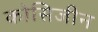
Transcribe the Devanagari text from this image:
कोसिजीन